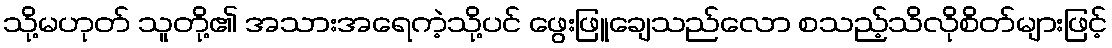
သို့မဟုတ် သူတို့၏ အသားအရေကဲ့သို့ပင် ဖွေးဖြူချေသည်လော စသည့်သိလိုစိတ်များဖြင့်